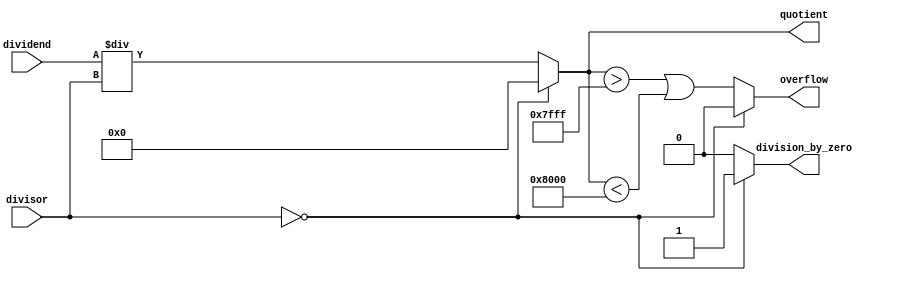
module fixed_point_divider (
    input signed [15:0] dividend,
    input signed [15:0] divisor,
    output reg signed [15:0] quotient,
    output reg division_by_zero,
    output reg overflow
);

always @ (dividend or divisor) begin
    if (divisor == 16'd0) begin
        quotient <= 16'd0;
        division_by_zero <= 1;
        overflow <= 0;
    end else begin
        quotient <= dividend / divisor;
        division_by_zero <= 0;
        overflow <= (quotient > 16'd32767 || quotient < -16'd32768);
    end
end

endmodule